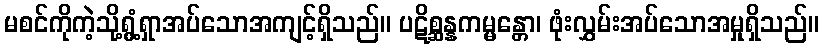
မစင်ကိုကဲ့သို့ရွံ့ရှာအပ်သောအကျင့်ရှိသည်။ ပဋိစ္ဆန္နကမ္မန္တော၊ ဖုံးလွှမ်းအပ်သောအမှုရှိသည်။